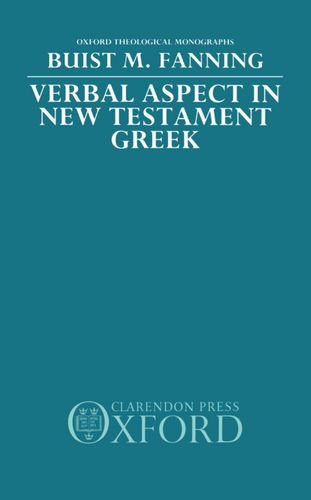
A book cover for Verbal Aspect in New Testament Greek (Oxford Theology and Religion Monographs); Buist M. Fanning; Computers & Technology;